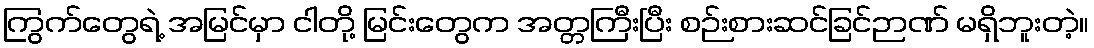
ကြွက်တွေရဲ့ အမြင်မှာ ငါတို့ မြင်းတွေက အတ္တကြီးပြီး စဉ်းစားဆင်ခြင်ဉာဏ် မရှိဘူးတဲ့။